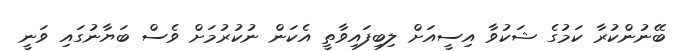
ބޭނުންކުރާ ކަމުގެ ޝަކުވާ އިސީއަށް ލިބިފައިވާތީ އެކަން ނުކުރުމަށް ވެސް ބަޔާނުގައި ވަނީ